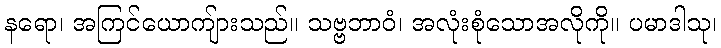
နရော၊ အကြင်ယောကျ်ားသည်။ သဗ္ဗဘာဝံ၊ အလုံးစုံသောအလိုကို။ ပမာဒါသု၊